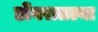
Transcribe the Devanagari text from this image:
डोंगरातल्या